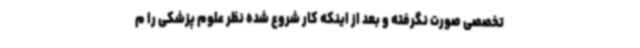
تخصصی صورت نگرفته و بعد از اینکه کار شروع شده نظر علوم پزشکی را م